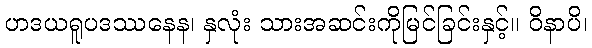
ဟဒယရူပဒဿနေန၊ နှလုံး သားအဆင်းကိုမြင်ခြင်းနှင့်။ ဝိနာပိ၊